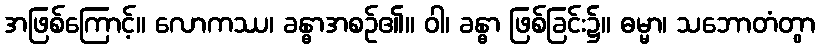
အဖြစ်ကြောင့်။ လောကဿ၊ ခန္ဓာအစဉ်၏။ ဝါ၊ ခန္ဓာ ဖြစ်ခြင်း၌။ ဓမ္မာ၊ သဘောတံတွာ